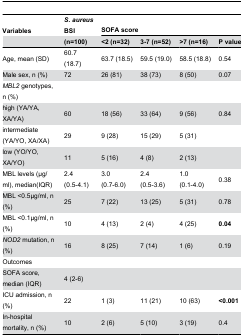
<table><thead><tr><td><b>Variables</b></td><td><b><i>S. aureus</i> BSI</b></td><td colspan="4"><b>SOFA score</b></td></tr><tr><td></td><td><b>(n=100)</b></td><td><b>&lt;2 (n=32)</b></td><td><b>3-7 (n=52)</b></td><td><b>&gt;7 (n=16)</b></td><td><b>P value</b></td></tr></thead><tbody><tr><td>Age, mean (SD)</td><td>60.7 (18.7)</td><td>63.7 (18.5)</td><td>59.5 (19.0)</td><td>58.5 (18.8)</td><td>0.54</td></tr><tr><td>Male sex, n (%)</td><td>72</td><td>26 (81)</td><td>38 (73)</td><td>8 (50)</td><td>0.07</td></tr><tr><td><i>MBL2</i> genotypes, n (%)</td><td></td><td></td><td></td><td></td><td></td></tr><tr><td>high (YA/YA, XA/YA)</td><td>60</td><td>18 (56)</td><td>33 (64)</td><td>9 (56)</td><td>0.84</td></tr><tr><td>intermediate (YA/YO, XA/XA)</td><td>29</td><td>9 (28)</td><td>15 (29)</td><td>5 (31)</td><td></td></tr><tr><td>low (YO/YO, XA/YO)</td><td>11</td><td>5 (16)</td><td>4 (8)</td><td>2 (13)</td><td></td></tr><tr><td>MBL levels (μg/ml), median(IQR)</td><td>2.4 (0.5-4.1)</td><td>3.0 (0.7-6.0)</td><td>2.4 (0.5-3.6)</td><td>1.0 (0.1-4.0)</td><td>0.38</td></tr><tr><td>MBL &lt;0.5μg/ml, n (%)</td><td>25</td><td>7 (22)</td><td>13 (25)</td><td>5 (31)</td><td>0.78</td></tr><tr><td>MBL &lt;0.1μg/ml, n (%)</td><td>10</td><td>4 (13)</td><td>2 (4)</td><td>4 (25)</td><td><b>0.04</b></td></tr><tr><td><i>NOD2</i> mutation, n (%)</td><td>16</td><td>8 (25)</td><td>7 (14)</td><td>1 (6)</td><td>0.19</td></tr><tr><td>Outcomes</td><td></td><td></td><td></td><td></td><td></td></tr><tr><td>SOFA score, median (IQR)</td><td>4 (2-6)</td><td></td><td></td><td></td><td></td></tr><tr><td>ICU admission, n (%)</td><td>22</td><td>1 (3)</td><td>11 (21)</td><td>10 (63)</td><td><b>&lt;0.001</b></td></tr><tr><td>In-hospital mortality, n (%)</td><td>10</td><td>2 (6)</td><td>5 (10)</td><td>3 (19)</td><td>0.4</td></tr></tbody></table>